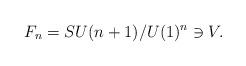
LaTeX: \begin{align*}F_n= SU(n+1)/U(1)^n \ni V .\end{align*}